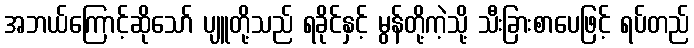
အဘယ်ကြောင့်ဆိုသော် ပျူတို့သည် ရခိုင်နှင့် မွန်တို့ကဲ့သို့ သီးခြားစာပေဖြင့် ရပ်တည်